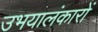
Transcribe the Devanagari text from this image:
उभयालंकारों